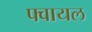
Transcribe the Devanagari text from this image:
फ्वायल